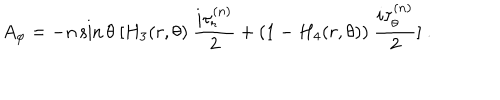
A _ { \varphi } = - n \sin \theta \ [ H _ { 3 } ( r , \theta ) \ \frac { i \tau _ { r } ^ { ( n ) } } { 2 } + ( 1 - H _ { 4 } ( r , \theta ) ) \ \frac { i \tau _ { \theta } ^ { ( n ) } } { 2 } ] \ .